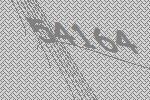
54164